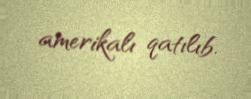
amerikalı qatılıb.